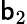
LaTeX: \mathsf{b}_{2}